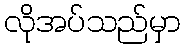
လိုအပ်သည်မှာ